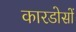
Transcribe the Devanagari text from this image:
कारडोसों